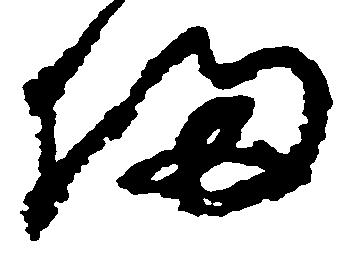
備